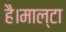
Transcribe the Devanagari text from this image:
है।माल्टा